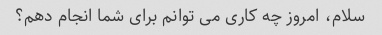
سلام، امروز چه کاری می توانم برای شما انجام دهم؟